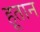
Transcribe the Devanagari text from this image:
हूतान